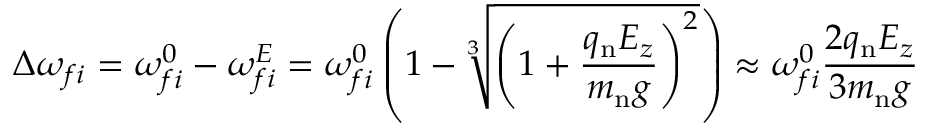
\Delta \omega _ { f i } = \omega _ { f i } ^ { 0 } - \omega _ { f i } ^ { E } = \omega _ { f i } ^ { 0 } \left( 1 - \sqrt [ 3 ] { \left( 1 + \frac { q _ { \mathrm { n } } E _ { z } } { m _ { \mathrm { n } } g } \right) ^ { 2 } } \right) \approx \omega _ { f i } ^ { 0 } \frac { 2 q _ { \mathrm { n } } E _ { z } } { 3 m _ { \mathrm { n } } g }